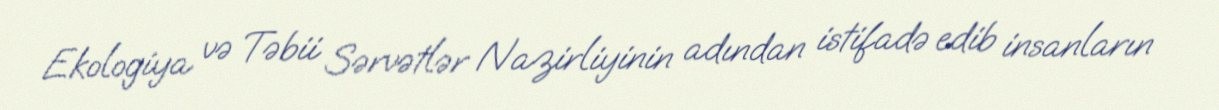
Ekologiya və Təbii Sərvətlər Nazirliyinin adından istifadə edib insanların